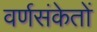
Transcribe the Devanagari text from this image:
वर्णसंकेतों